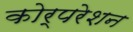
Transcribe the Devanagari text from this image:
कोर्परेशन